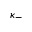
\kappa _ { - }